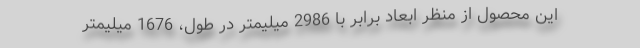
این محصول از منظر ابعاد برابر با 2986 میلیمتر در طول، 1676 میلیمتر